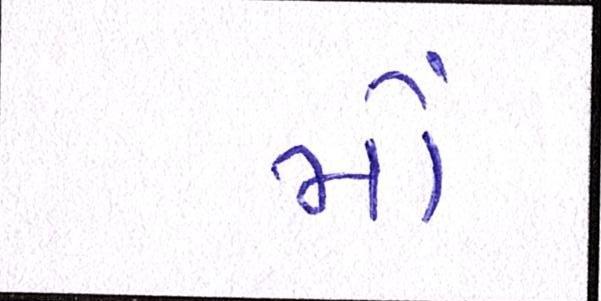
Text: મોં